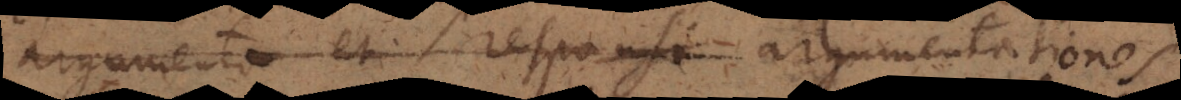
argumenta et responsa argumentationes